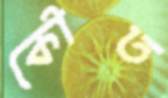
কৌত